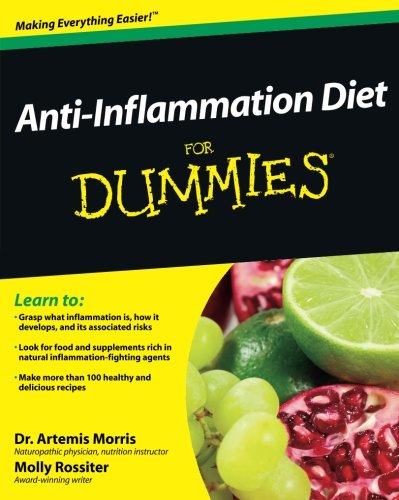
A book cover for Anti-Inflammation Diet For Dummies; Morris; Health, Fitness & Dieting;